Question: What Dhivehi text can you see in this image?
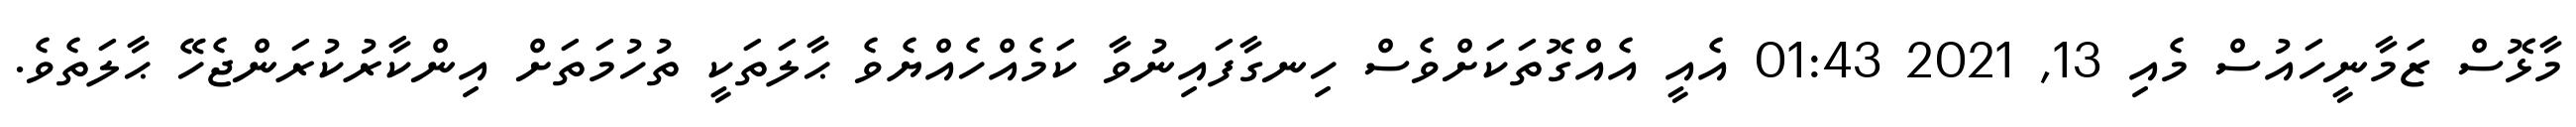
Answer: މާޅޮސް ޒަމާނީހައުސް މެއި 13, 2021 01:43 އެއީ އެއްގޮތަކަށްވެސް ހިނގާފައިނުވާ ކަމެއްހެއްޔެވެ ޙާލަތަކީ ތުހުމަތަށް އިންކާރުކުރަންޖެހޭ ޙާލަތެވެ.